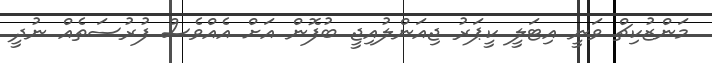
މަންޒުކިޗް ވަނީ އިޓަލީ ކީޕަރު ޖިއަންލުއިޖީ ބުފޮން އަށް އެއްވެސް ފުރުސަތެއް ނުދީ